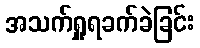
အသက်ရှူရခက်ခဲခြင်း